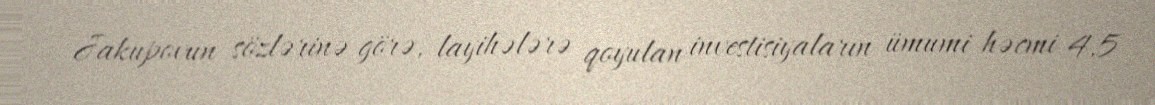
Jakupovun sözlərinə görə, layihələrə qoyulan investisiyaların ümumi həcmi 4,5